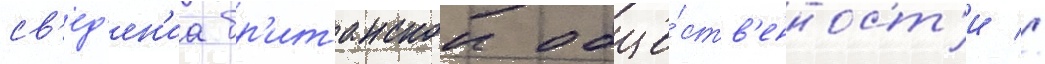
св'ед'ен'иа бр'итанскои обще́ств'енност'и //